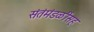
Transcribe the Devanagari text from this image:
संतंमंडळींसह